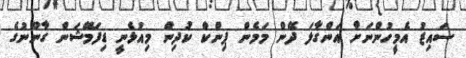
ސައިޒު އެމީހުންނަށް އަންގާލަ ދޭން މަމެން ޕިންކް ކުދިން މިއުޅެނީ ޑިފަމޭޝަން ގާނޫނުގެ